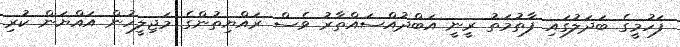
ފަހުމީގެ ބަދަލުގައި ފާތުމަތު ރީނީ އަބްދުއްސައްތާރު ވެސް ރައްޔިތުންގެ މަޖިލީހުން އައްޔަން ކުރި